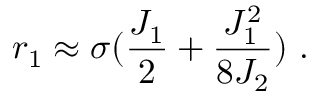
r _ { 1 } \approx \sigma ( { \frac { J _ { 1 } } { 2 } } + { \frac { J _ { 1 } ^ { 2 } } { 8 J _ { 2 } } } ) ~ .